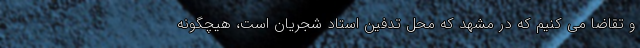
و تقاضا می کنیم که در مشهد که محل تدفین استاد شجریان است، هیچگونه